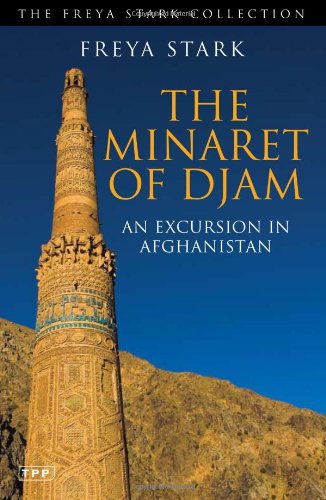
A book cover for The Minaret of Djam: An Excursion in Afghanistan (The Freya Stark Collection); Freya Stark; Travel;